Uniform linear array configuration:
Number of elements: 48
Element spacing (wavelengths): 1
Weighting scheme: blackman
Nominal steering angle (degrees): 0
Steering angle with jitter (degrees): -0.6936
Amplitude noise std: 0.05
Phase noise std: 0.05

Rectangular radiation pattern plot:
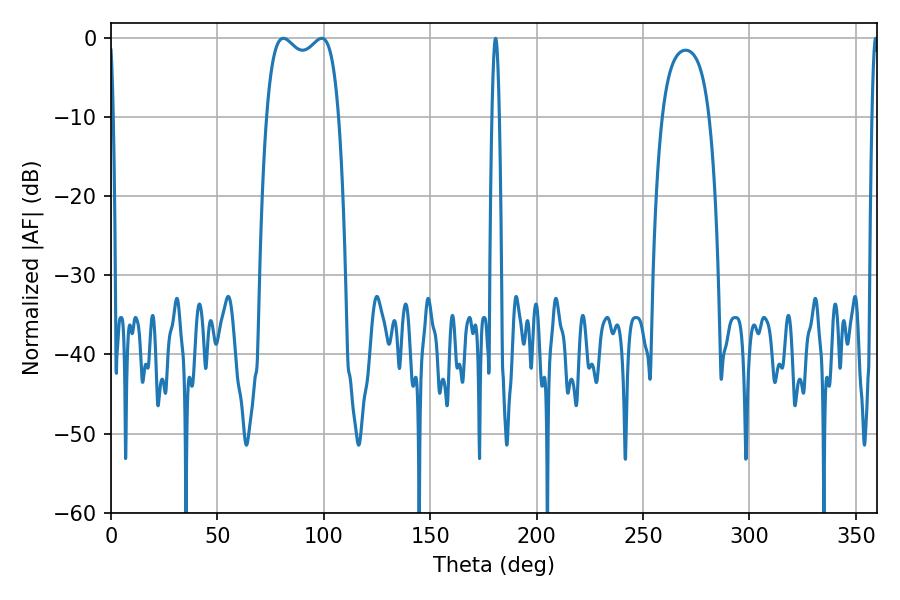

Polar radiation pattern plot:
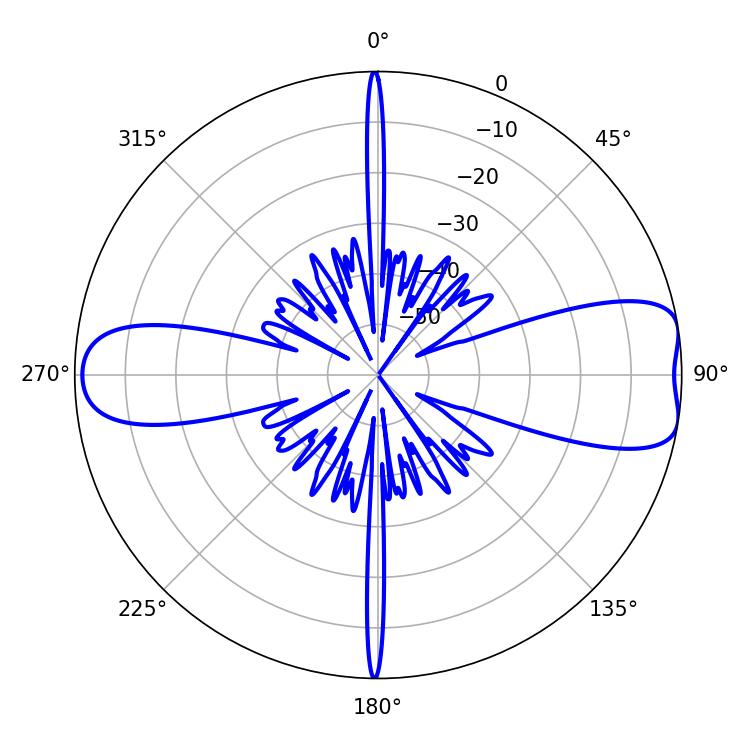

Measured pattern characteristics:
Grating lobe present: TRUE
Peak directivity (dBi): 9.058
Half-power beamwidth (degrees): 27.72
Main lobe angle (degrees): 81